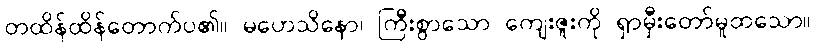
တထိန်ထိန်တောက်ပ၏။ မဟေသိနော၊ ကြီးစွာသော ကျေးဇူးကို ရှာမှီးတော်မူထသော။